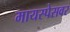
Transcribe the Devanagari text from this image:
मायस्पेसवर